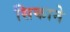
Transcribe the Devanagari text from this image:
सिकाने